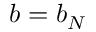
b = b _ { N }